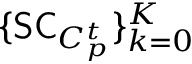
\{ \mathsf { S C } _ { C _ { p } ^ { t } } \} _ { k = 0 } ^ { K }